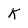
Character: K